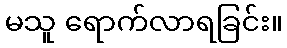
မသူ ရောက်လာရခြင်း။